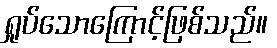
ရှုပ်သောကြောင့်ဖြစ်သည်။